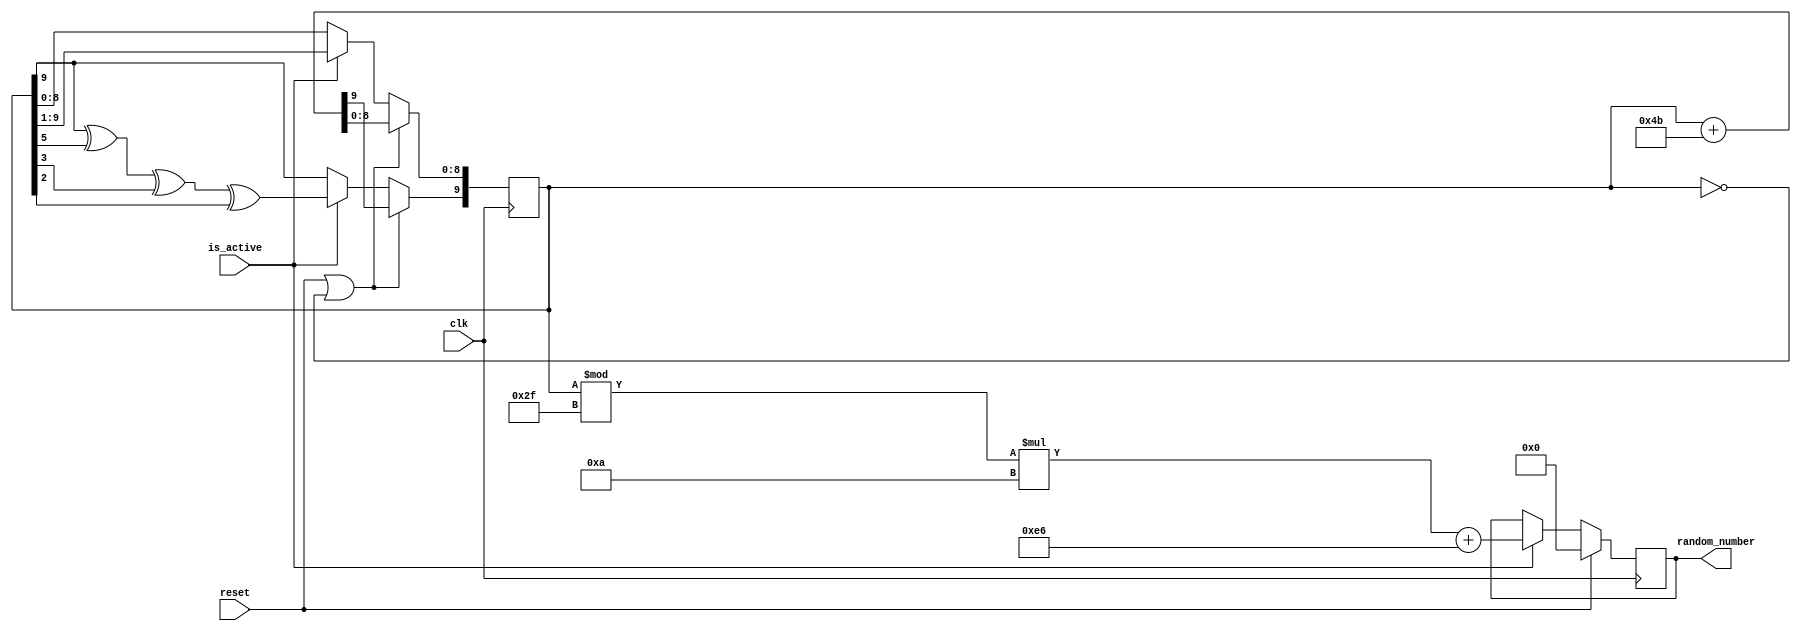
`timescale 1ns / 1ps


module LFSR_Width(
    
    input clk,
    input reset,
    input is_active,
    output reg [15:0] random_number
);

reg [9:0] lfsr = 150;


always @(posedge clk) begin
    
    if(reset || (lfsr == 0))  
        
            lfsr <= lfsr + 75;
     
    else if (is_active)
        begin
            // XOR the taps for the LFSR
            lfsr[9] <= lfsr[9] ^ lfsr[5] ^ lfsr[3] ^ lfsr[2];
            lfsr[8:0] <= lfsr[9:1];
        end
end

always @(posedge clk) begin
    if(reset) 
        random_number <= 0; 
    else
        if(is_active)    
            
            random_number <= ((lfsr % ((690 - 230 + 1) / 10 + 1)) * 10) + 230;
            
        else
            random_number <= random_number;     
end
endmodule